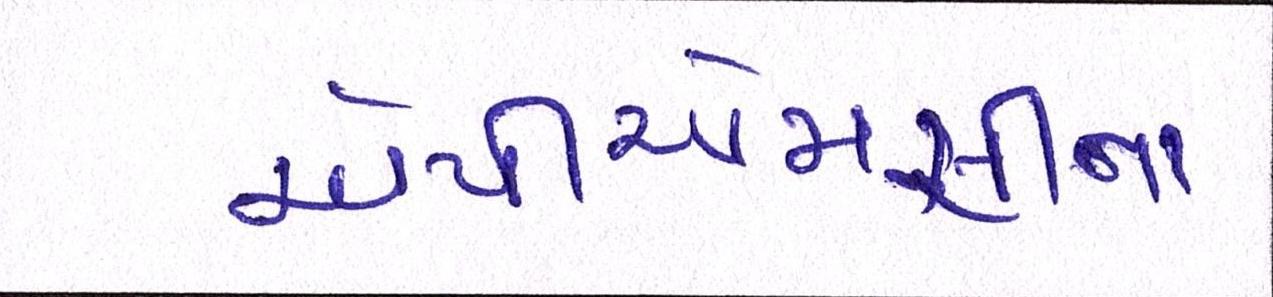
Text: એપીએમસીના